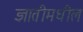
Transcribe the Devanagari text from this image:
ज्ञातीमधील